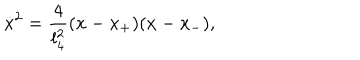
LaTeX: \dot { x } ^ { 2 } = \frac { 4 } { l _ { 4 } ^ { 2 } } ( x - x _ { + } ) ( x - x _ { - } ) ,